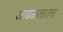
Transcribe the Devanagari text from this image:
आढळतातच